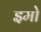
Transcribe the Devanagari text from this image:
इमो